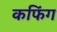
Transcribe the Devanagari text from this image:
कफिंग